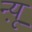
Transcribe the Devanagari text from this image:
न्यू़